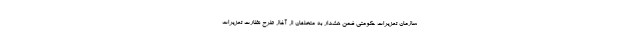
سازمان تعزیرات حکومتی ضمن هشدار به متخلفان از آغاز طرح نظارت تعزیرات